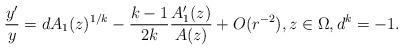
LaTeX: \begin{align*} \frac{y'}{y}= dA_1(z)^{1/k}-\frac{k-1}{2k}\frac{A'_1(z)}{A(z)}+O(r^{-2}), z\in \Omega, d^k=-1. \end{align*}